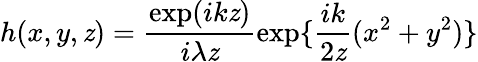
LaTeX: h(x,y,\mathit{z})=\frac{{\exp(ik\mathit{z})}}{{i\lambda\mathit{z}}}\exp\{ \frac{{ik}}{{2\mathit{z}}}(x^{2}+y^{2})\}